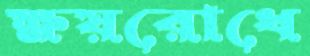
ক্ষয়রোধে